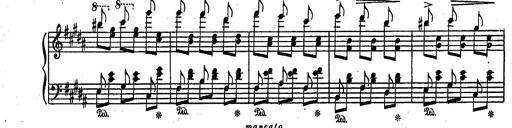
Title: RÃ©miniscences des Huguenots
Composer: Franz Liszt